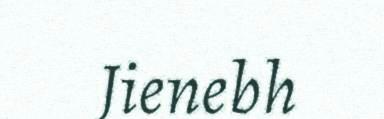
Jienebh